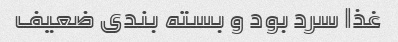
غذا سرد بود و بسته بندی ضعیف